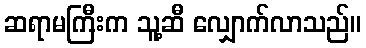
ဆရာမကြီးက သူ့ဆီ လျှောက်လာသည်။